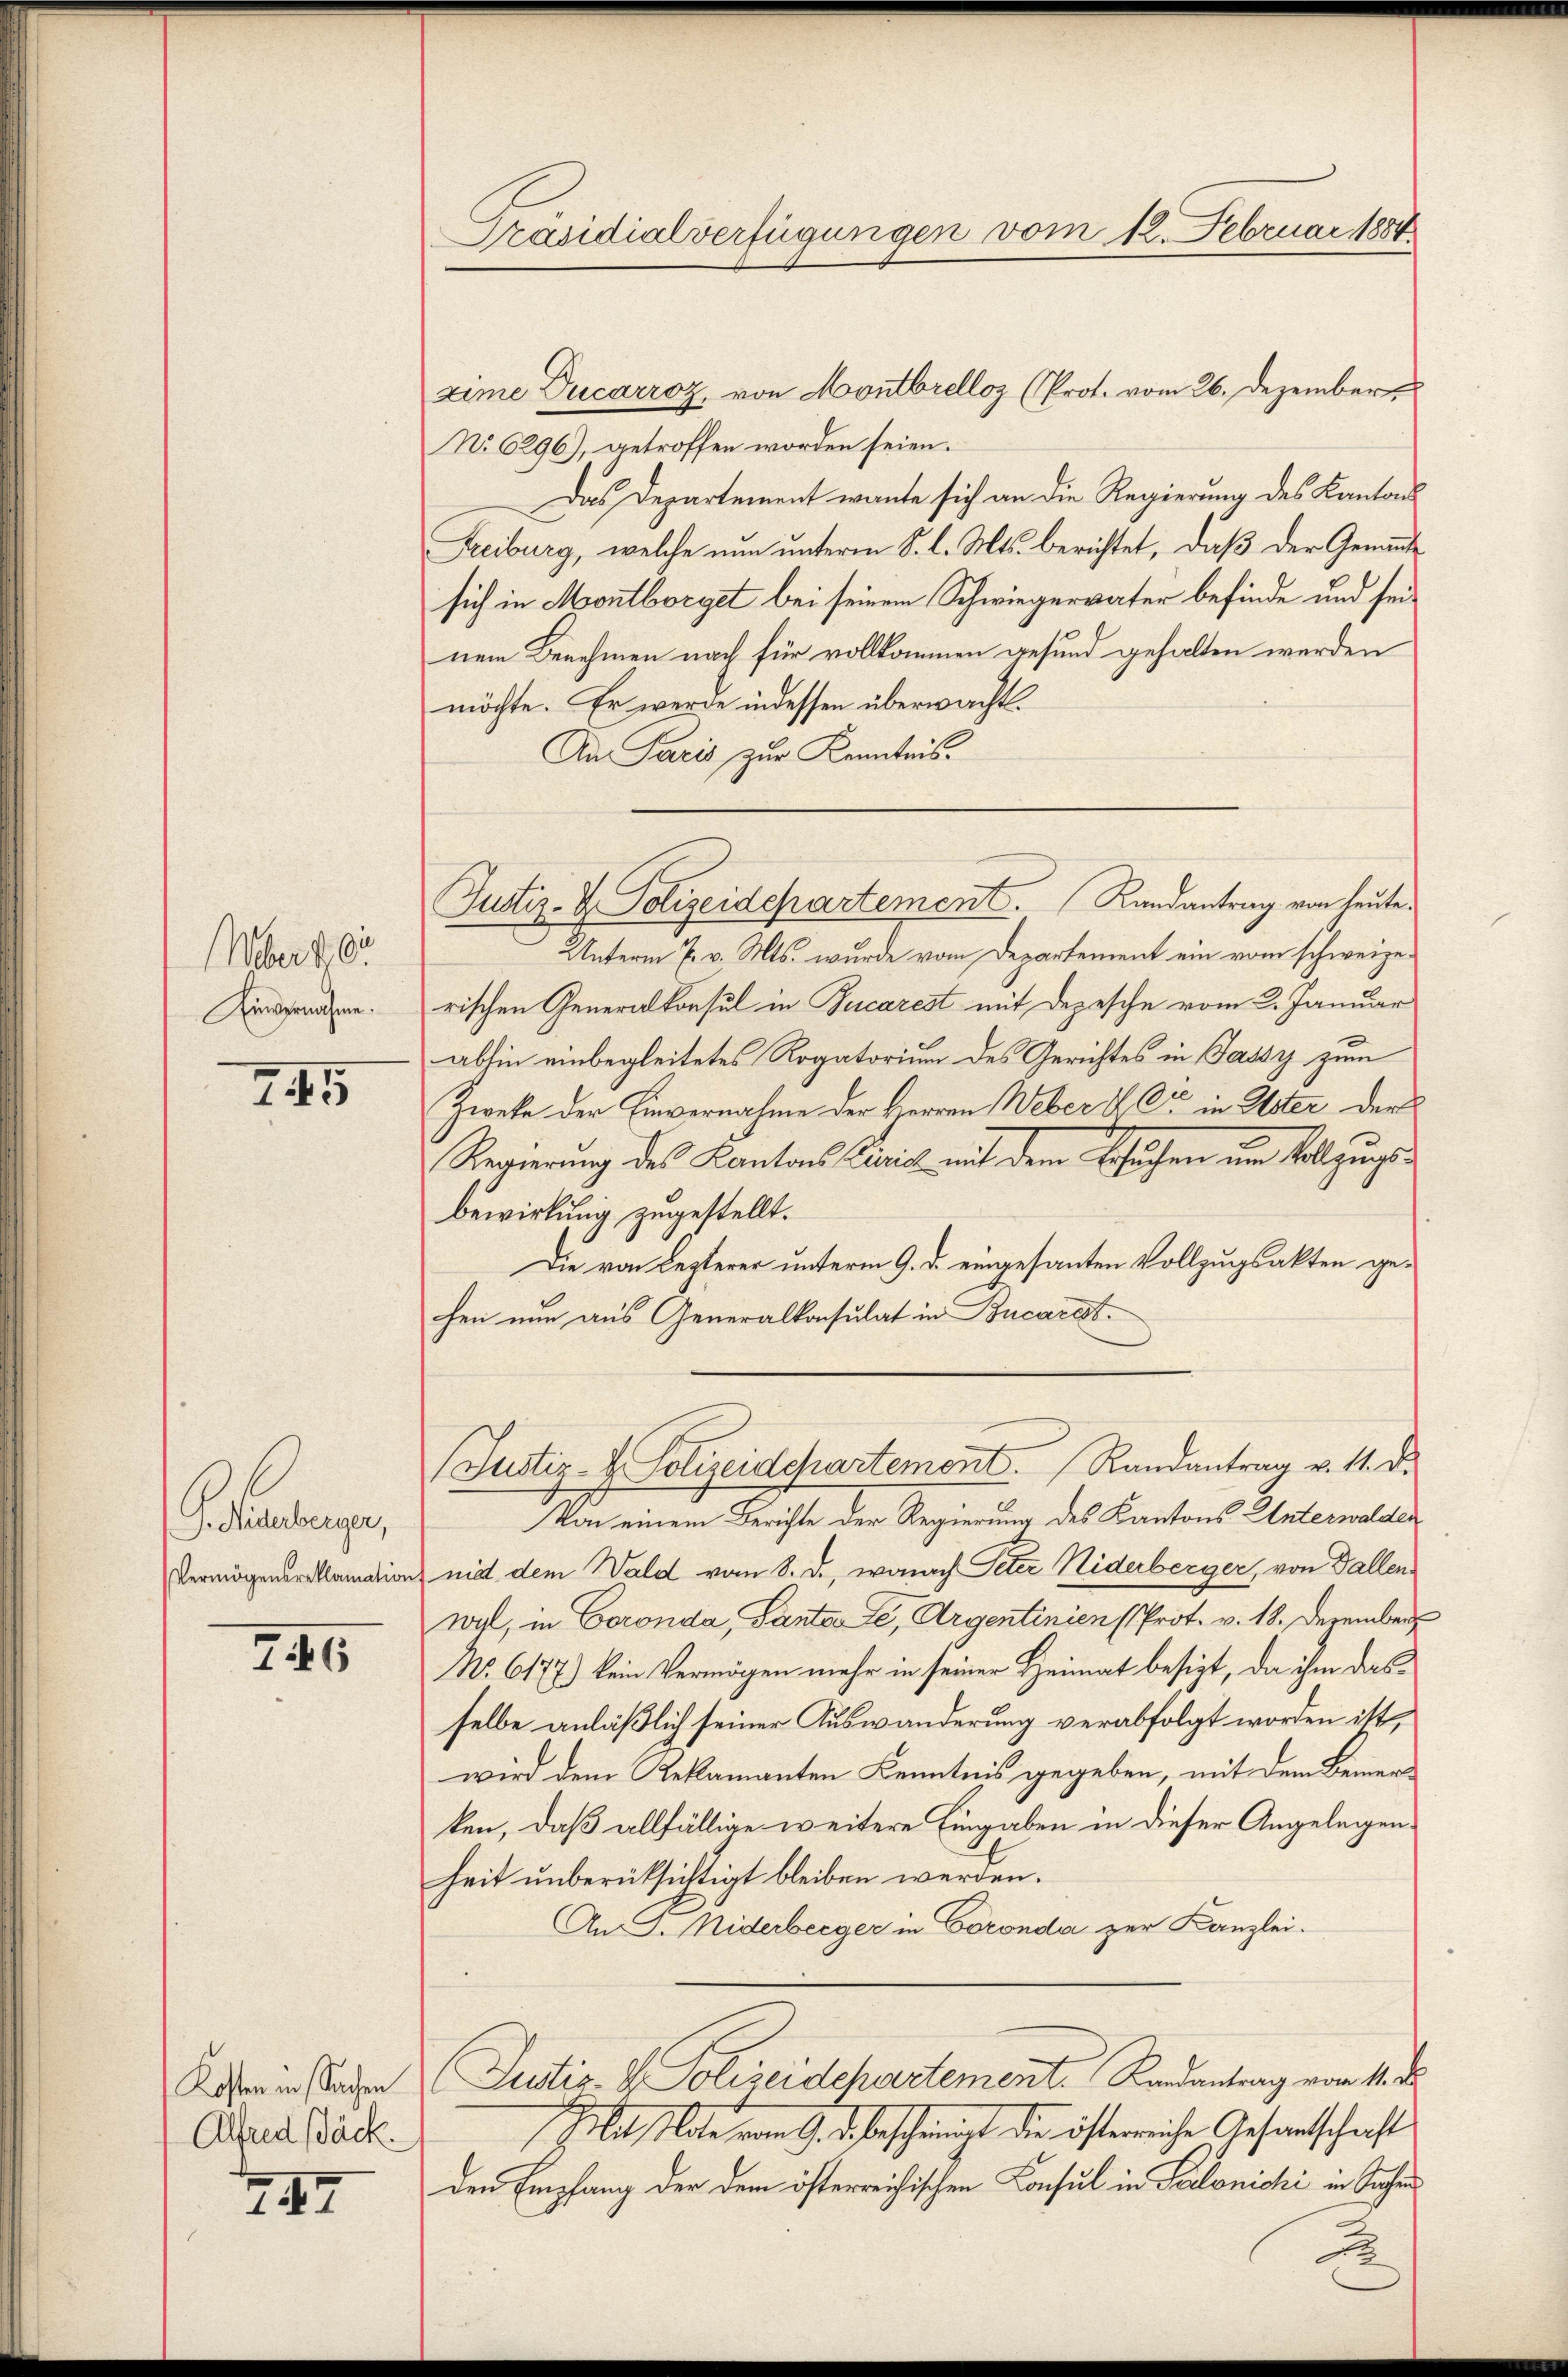
Über 105.
Einvernahme.

745

Schauungen,
Vermögensreklamation

746

Kosten in Sachen
Alfred Bäck.

247

Präsidialverfügungen vom 12. Februar 1884

xime Ducarroz, von Montbrelloz (Prot. vom 26. Dezember
No 6296), getroffen worden seien.
Das Departement wante sich an die Regierung des Kantons
Freiburg, welche nun unterm S. l. Mts. berichtet, daß der Genant
sich in Montborget bei seinem Schwiegervater befinde und seinem Benehmen nach für vollkommen gesund gehalten werden
möchte. Er werde indessen überwacht.
An Paris zur Kenntnis.
Unterm 7. v. Mts. wurde vom Departement ein vom schweizerischen Generalkonsul in Bucarest mit Depesche vom 2. Januar
abhin einbegleitetes Rogatorium des Gerichtes in Jassy zum
Zweke der Einvernahme der Herren Weber & Cie in Uster der
Regierung des Kantons Carich mit dem Besuchen im Vollzugsbewirkung zugestellt.
Die von Lezterer unterm 9. d. eingesanten Vollzugsakten gefen nun aus Generalkonsulat in Bucarest.
Justiz- & Polizeidepartemont. Randantrag v. 11. d.
Von einem Berichte der Regierung des Kantons Unterwalden
nid dem Wald vom 8. d., wonach Peter Niderberger, von Fallenwal, in Coronda, Pantate, Argentinien (Prot. v. 18. Dezember
No. 6177) kein Vermögen mehr in seiner Heimat besizt, da ihm dasselbe anläßlich seiner Auswanderung verabfolgt worden ist,
wird dem Reklamanten Kenntnis gegeben, mit dem Bemerken, daß allfällige weitere Eingaben in dieser Angelegenheit unberüksichtigt bleiben werden.
An J. Niderberger in Coronda zur Kanzlei.
Justiz- & Polizeidepartement. Randantrag vom 1. d.
Mit Note vom 9. d. bescheinigt die österreiche Gesantschaft
den Empfang der dem österreichischen Konsul in Salonichi in Sachen

Justiz- & Polizeidepartement. Landantrag von heute.

2